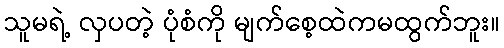
သူမရဲ့ လှပတဲ့ ပုံစံကို မျက်စေ့ထဲကမထွက်ဘူး။